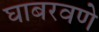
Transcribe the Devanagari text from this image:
घाबरवणे